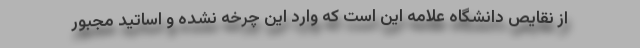
از نقایص دانشگاه علامه این است که وارد این چرخه نشده و اساتید مجبور